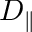
D _ { \parallel }